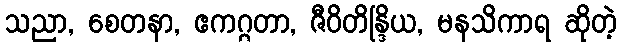
သညာ, စေတနာ, ဧကဂ္ဂတာ, ဇီဝိတိန္ဒြိယ, မနသိကာရ ဆိုတဲ့